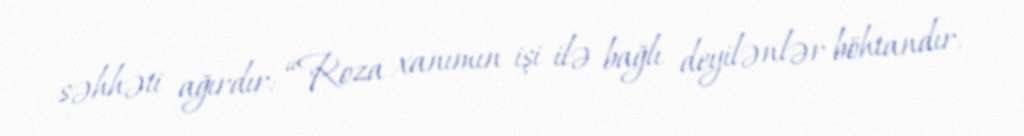
səhhəti ağırdır: “Roza xanımın işi ilə bağlı deyilənlər böhtandır.